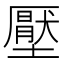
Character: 壓